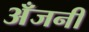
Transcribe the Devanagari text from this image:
अँजनी